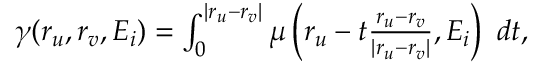
\begin{array} { r } { \gamma ( \boldsymbol { r } _ { u } , \boldsymbol { r } _ { v } , E _ { i } ) = \int _ { 0 } ^ { | \boldsymbol { r } _ { u } - \boldsymbol { r } _ { v } | } \mu \left( \boldsymbol { r } _ { u } - t \frac { \boldsymbol { r } _ { u } - \boldsymbol { r } _ { v } } { | \boldsymbol { r } _ { u } - \boldsymbol { r } _ { v } | } , E _ { i } \right) ~ d t , } \end{array}